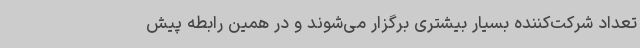
تعداد شرکت‌کننده بسیار بیشتری برگزار می‌شوند و در همین رابطه پیش‌